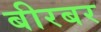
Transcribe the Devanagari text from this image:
बीरबर